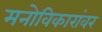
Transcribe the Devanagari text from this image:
मनोविकारांवर